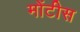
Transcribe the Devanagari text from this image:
मोंटीस